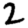
Digit: 2